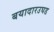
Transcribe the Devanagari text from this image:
बयादारउघड